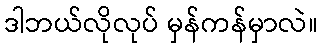
ဒါဘယ်လိုလုပ် မှန်ကန်မှာလဲ။